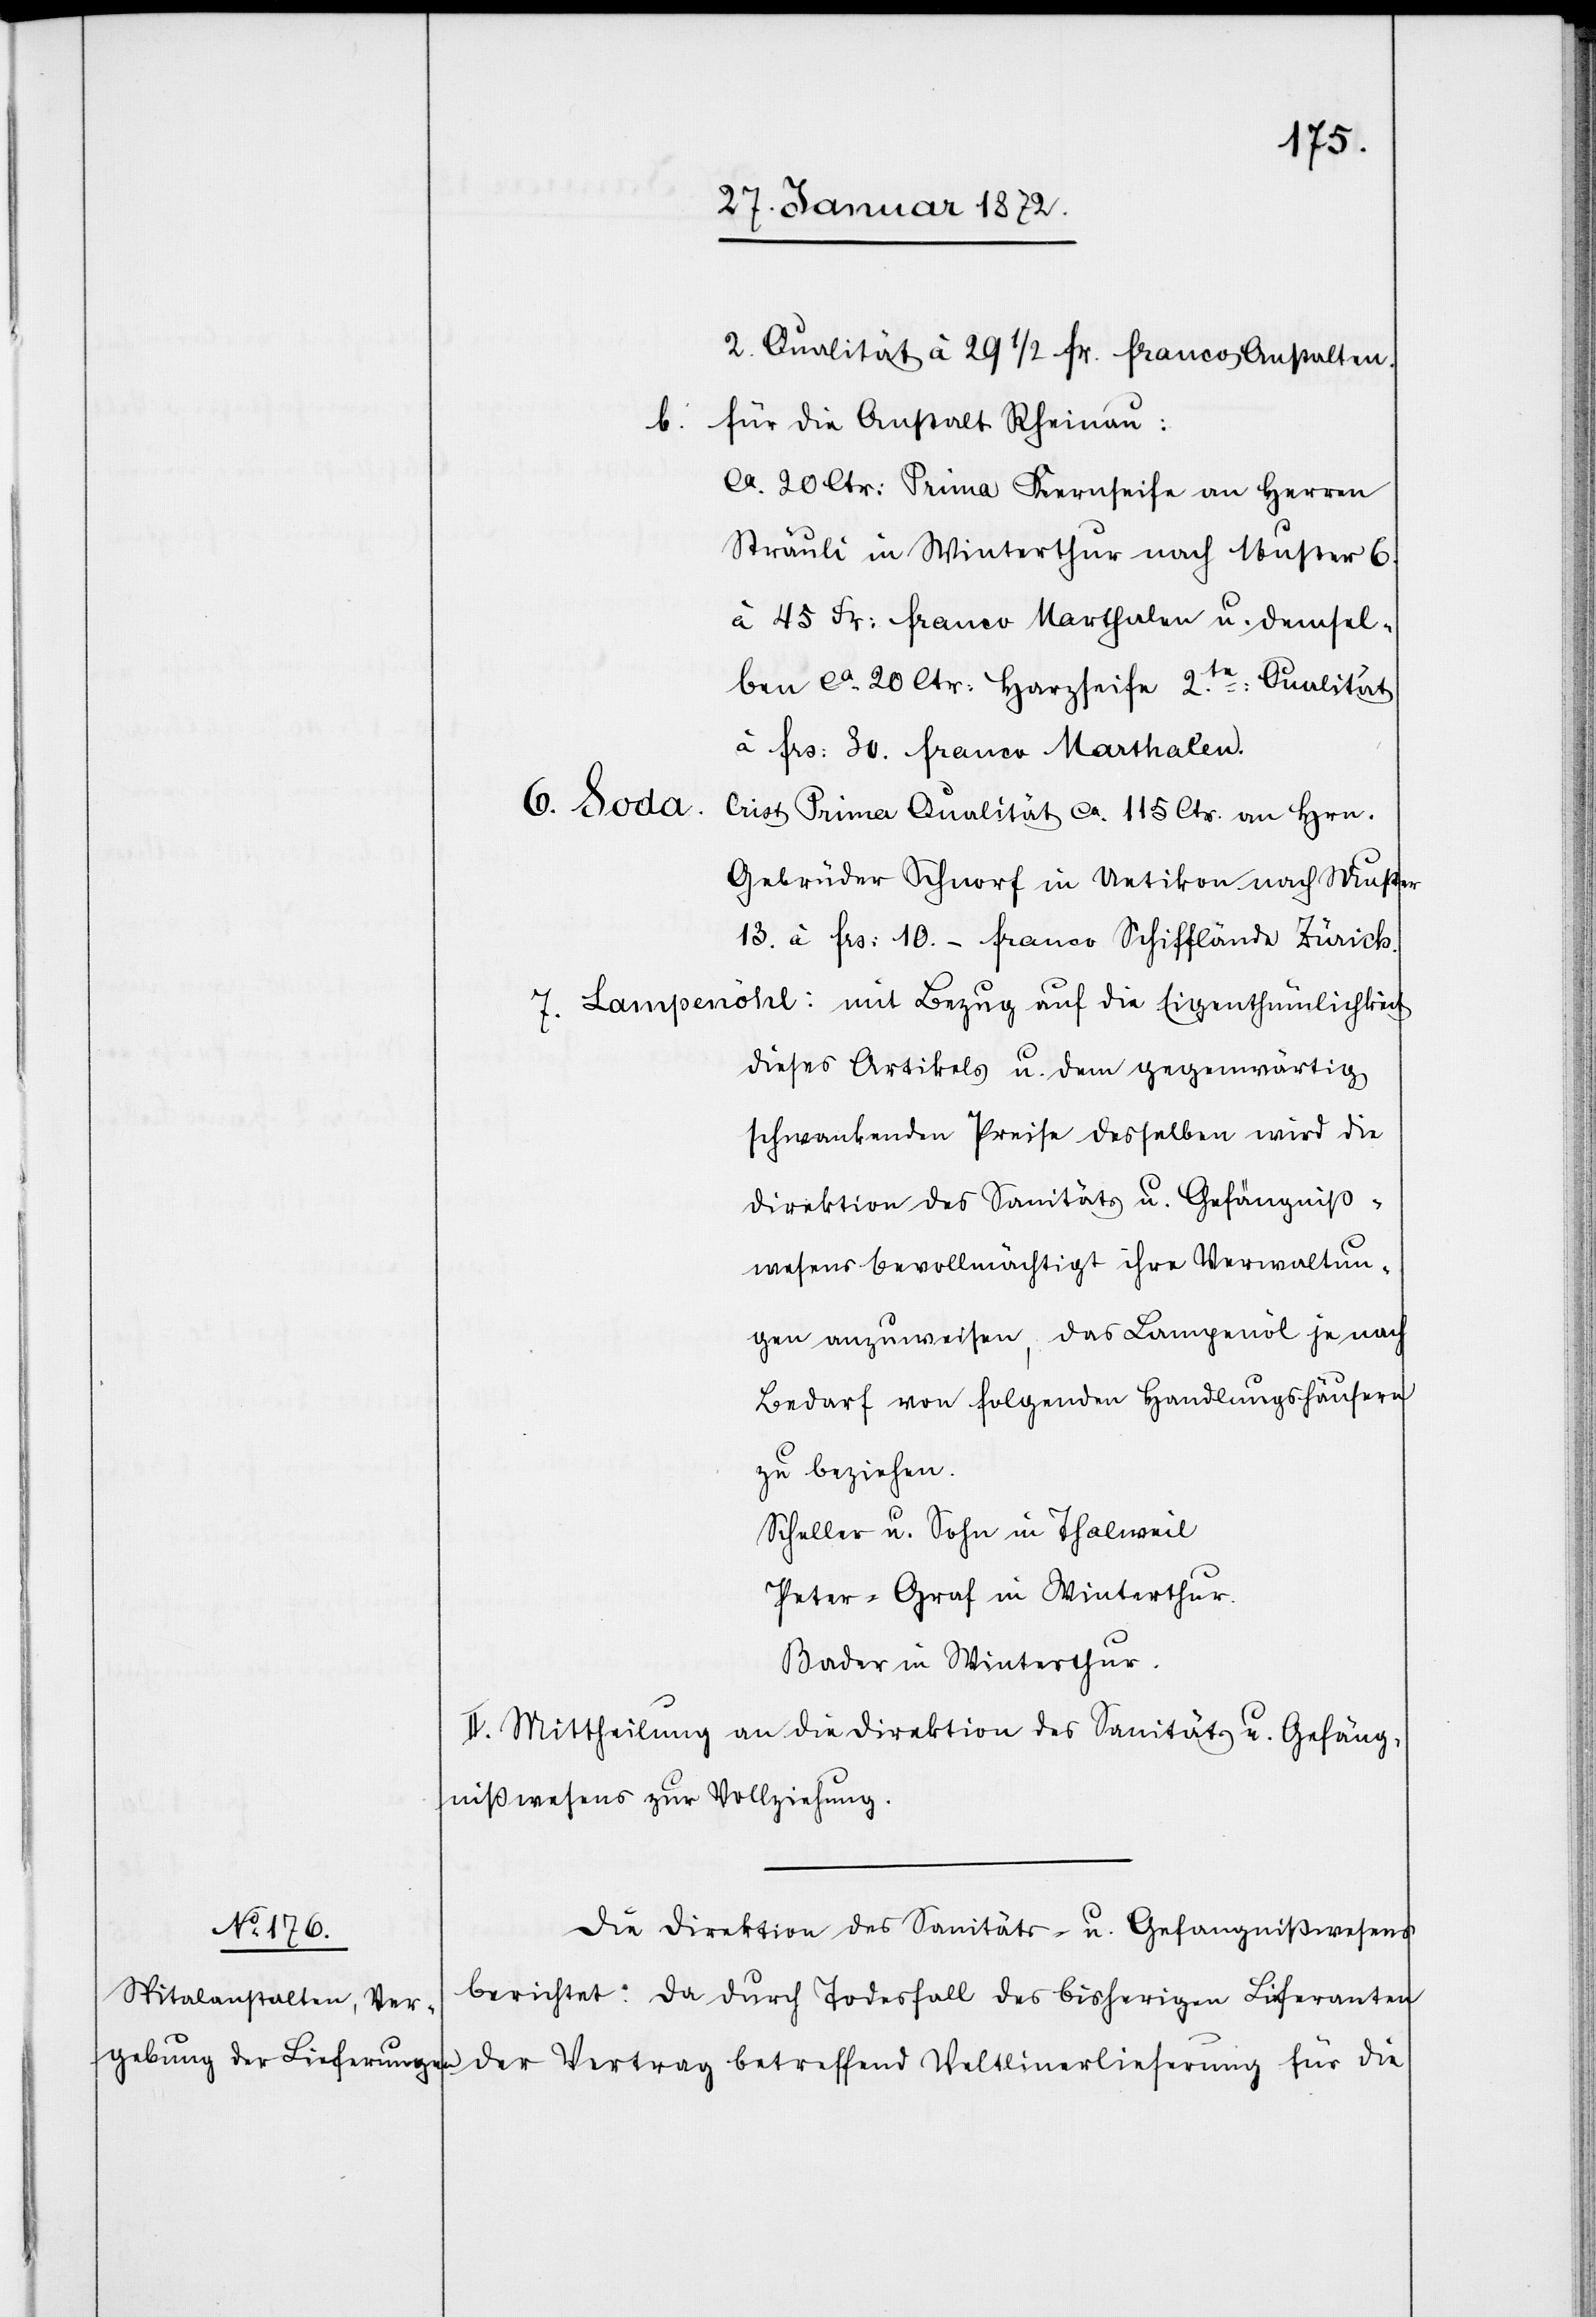
2. Qualität à 29 1/2 fr. franco Anstalten.
für die Anstalt Rheinau:
b.
ca 20 Ctr: Prima Kernseife an Herren
Sträuli in Winterthur nach Muster 6.
à 45 Fr: franco Marthalen u. demsel¬
ben ca 20 Ctr: Harzseife 2.te: Qualität
à frs: 30. franco Marthalen.
6. Soda.
[?Crist] Prima Qualität ca 115 Ctr. an Hrn.
Gebrüder Schnorf in Uetikon nach Muster
13. à frs: 10.– franco Schifflände Zürich.
dieses Artikels u. dem gegenwärtig
schwankenden Preise desselben wird die
Direktion des Sanitäts u. Gefängniß¬
wesens bevollmächtigt ihre Verwaltun¬
gen anzuweisen, das Lampenöl je nach
Bedarf von folgenden Handlungshäusern
zu beziehen.
Scheller u. Sohn in Thalweil
Peter-Graf in Winterthur.
Bader in Winterthur.
II. Mittheilung an die Direktion des Sanitäts u. Gefäng¬
nißwesens zur Vollziehung.
Die Direktion des Sanitäts- u. Gefängnißwesens
berichtet: Da durch Todesfall des bisherigen Lieferanten
der Vertrag betreffend Veltlinerlieferung für die